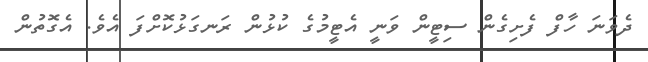
ދެވަނަ ހާފް ފެށިގެން ސިޓީން ވަނީ އެޓީމުގެ ކުޅުން ރަނގަޅުކޮށްފަ އެވެ. އެގޮތުން